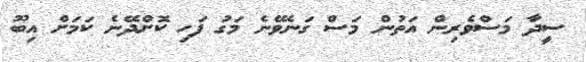
ސީދާ މަސްވެރިން އަތުން މަސް ގަނެވޭނެ މަގު ފަހި ކޮށްދޭނެ ކަމަށް އިބޫ